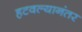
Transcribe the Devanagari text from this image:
हटवल्यानंतर